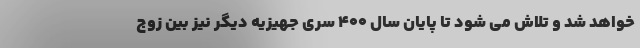
خواهد شد و تلاش می شود تا پایان سال ۴۰۰ سری جهیزیه دیگر نیز بین زوج